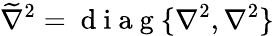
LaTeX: \widetilde{\nabla}^{2}=\mathrm{~d~i~a~g~}\{ \nabla^{2},\nabla^{2}\}